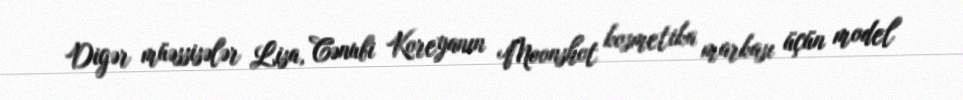
Digər müəssisələr Lisa, Cənubi Koreyanın Moonshot kosmetika markası üçün model